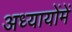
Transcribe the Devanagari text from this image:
अध्यायोंमें